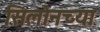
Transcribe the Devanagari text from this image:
सिलोनच्या